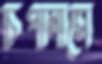
চিপানাসে